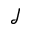
\mathcal { J }